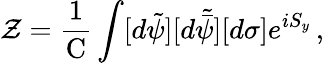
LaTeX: \mathcal{Z}=\frac{{1}}{{\mathrm{{C}}}}\int[d\tilde{{\psi}}][d\tilde{{\bar{{\psi}}}}][d\sigma]e^{iS_{y}}\, ,